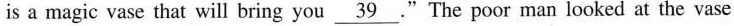
is a magic vase that will bring you \underline{39} ."The poor man looked at the vase